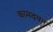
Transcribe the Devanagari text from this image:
कामदवन